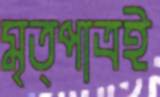
মৃত্পাত্রই